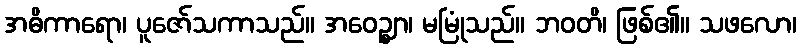
အဓိကာရော၊ ပူဇော်သကာသည်။ အဝေဉ္ဈာ၊ မမြုံသည်။ ဘဝတိ၊ ဖြစ်၏။ သဖလော၊